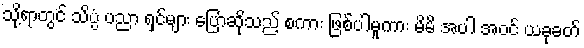
သို့ရာတွင် သိပ္ပံ ပညာ ရှင်များ ပြောဆိုသည့် စကား ဖြစ်ပါမူကား မိမိ အပါ အဝင် ယခုခတ်